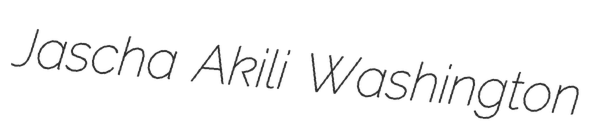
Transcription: Jascha Akili Washington